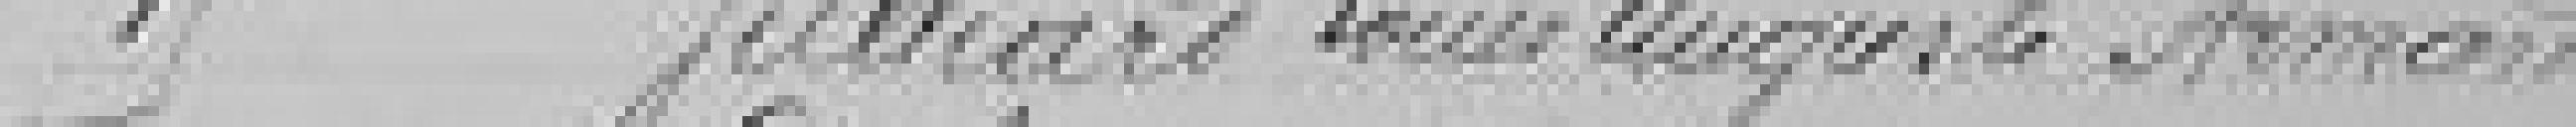
15 Julliard Louis Auguste Armand